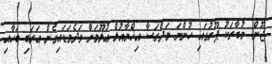
ޖޫން) މުބާރަކު ޕޫރުގައި ހުންނަ މަދްރަސާ އިޚްޔާއުލް ޢުލޫމަށް ވަދެވަޑައިގެން ޢަރަބި ބަހާއި